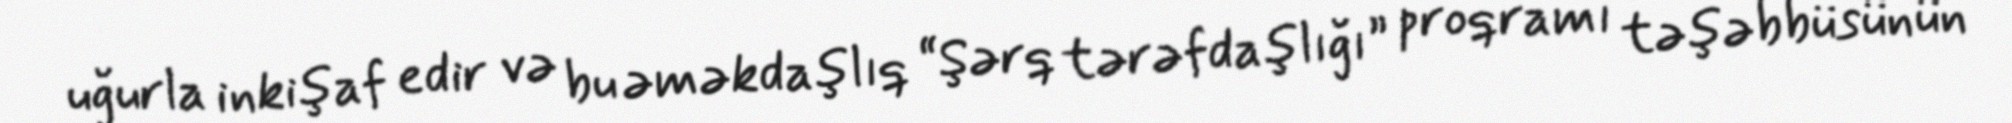
uğurla inkişaf edir və bu əməkdaşlıq “Şərq tərəfdaşlığı” proqramı təşəbbüsünün